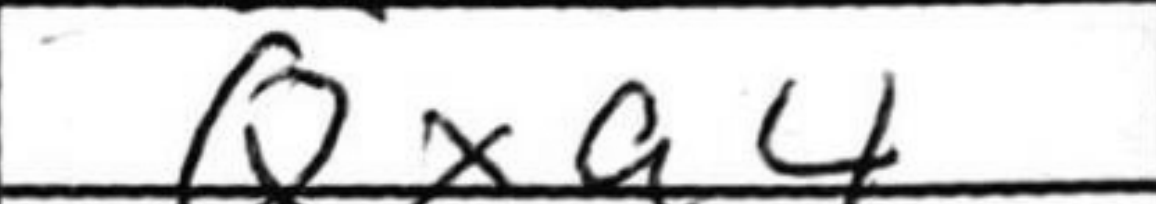
Transcription: Qxa4